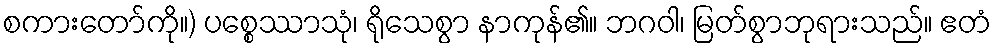
စကားတော်ကို။) ပစ္စေဿာသုံ၊ ရိုသေစွာ နာကုန်၏။ ဘဂဝါ၊ မြတ်စွာဘုရားသည်။ ဧတံ